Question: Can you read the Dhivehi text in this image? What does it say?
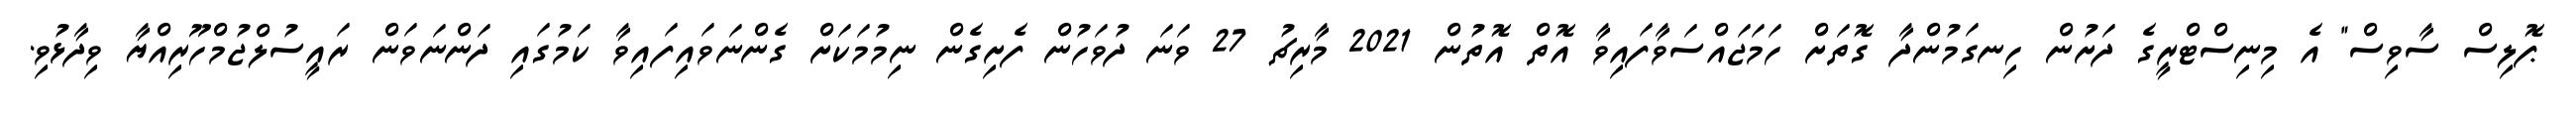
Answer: ޕޮލިސް ސާވިސް" އެ މިނިސްޓްރީގެ ދަށުން ހިނގަމުންދާ ގޮތަށް ހަމަޖައްސަވާފައިވާ އޮތް އޮތުން 2021 މާރިޗު 27 ވަނަ ދުވަހުން ފެށިގެން ނިމުމަކަށް ގެންނަވައިފައިވާ ކަމުގައި ދަންނަވަން ރައީސުލްޖުމްހޫރިއްޔާ ވިދާޅުވި.